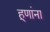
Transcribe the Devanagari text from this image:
हूणांना